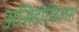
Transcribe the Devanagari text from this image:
असिडोफिलस